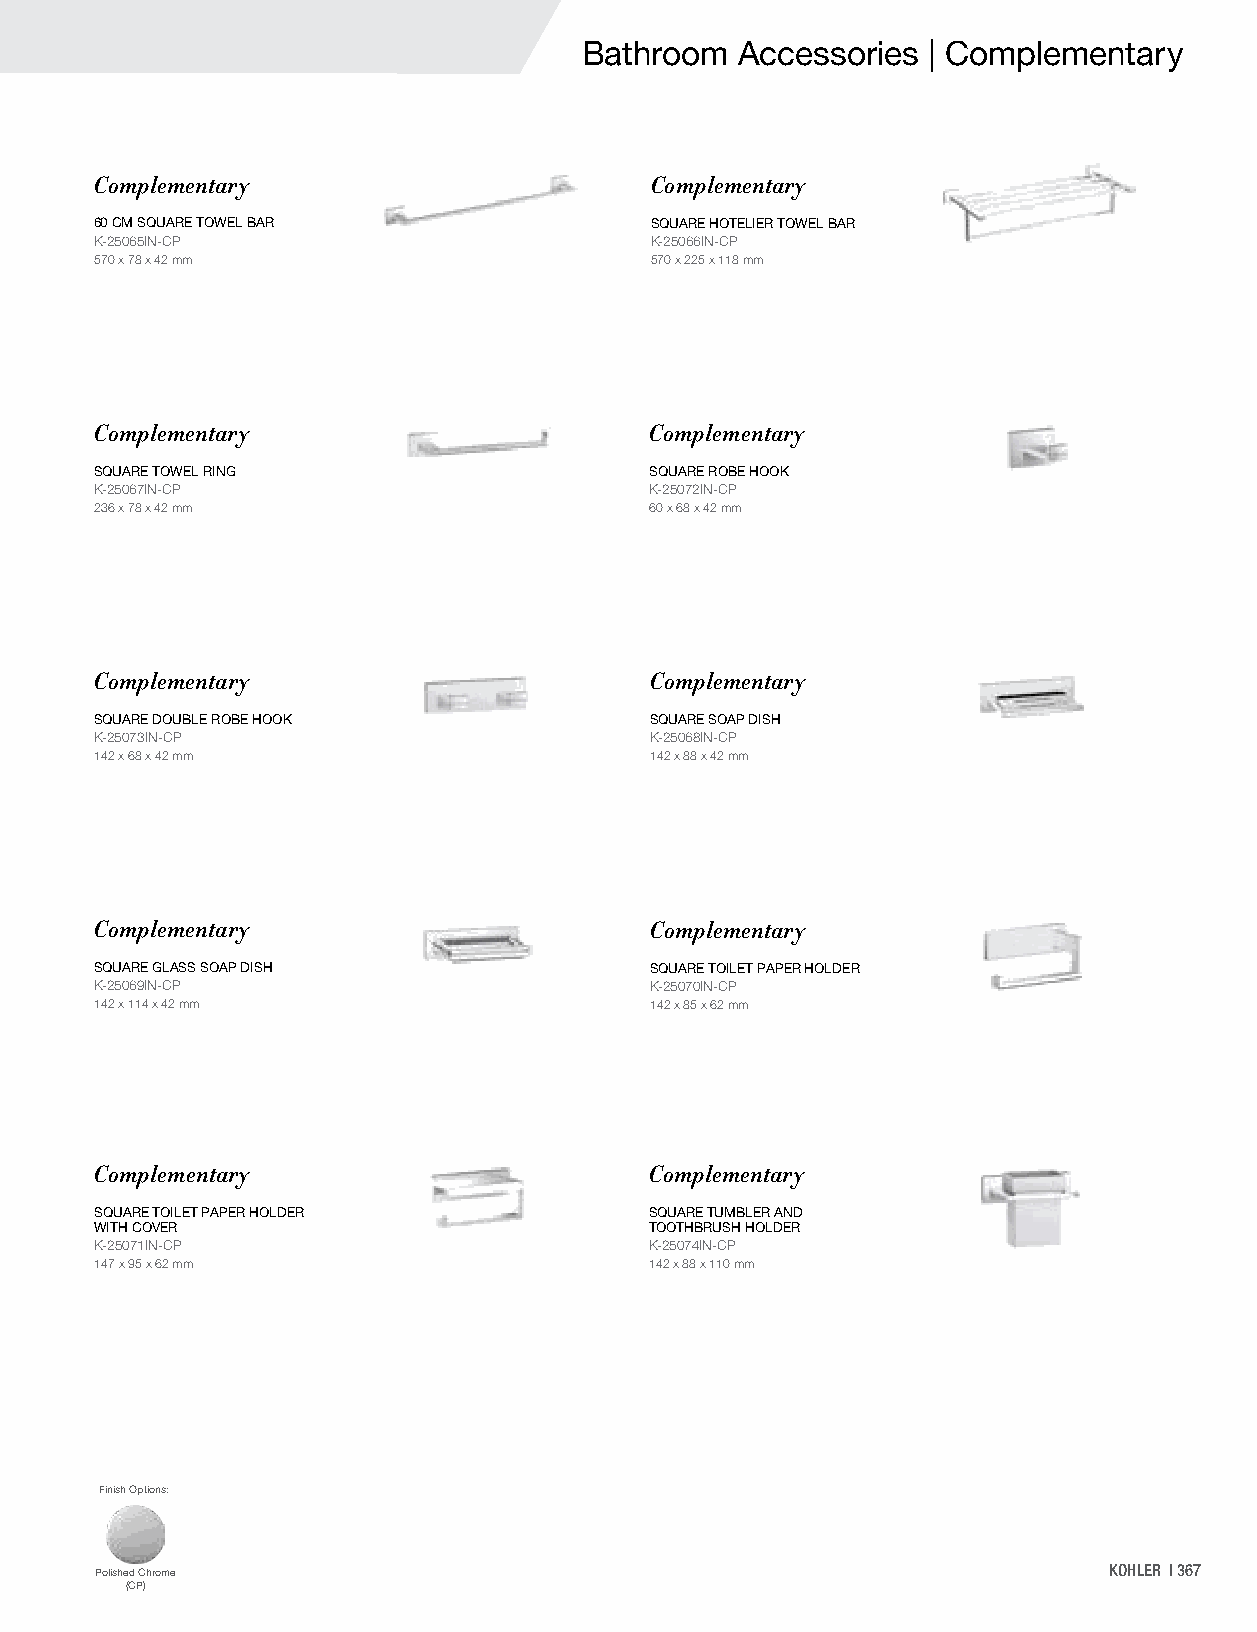
Bathroom  Accessories | Complementary
 Complementary                        Complementary
 60 CM SQUARE TOWEL BAR               SQUARE HOTELIER TOWEL BAR
 K-25065IN-CP                         K-25066IN-CP
 570 x 78 x 42 mm                     570 x 225 x 118 mm
 Complementary                        Complementary
 SQUARE TOWEL RING                    SQUARE ROBE HOOK
 K-25067IN-CP                         K-25072IN-CP
 236 x 78 x 42 mm                     60 x 68 x 42 mm
 Complementary                        Complementary
 SQUARE DOUBLE ROBE HOOK              SQUARE SOAP DISH
 K-25073IN-CP                         K-25068IN-CP
 142 x 68 x 42 mm                     142 x 88 x 42 mm
 Complementary                        Complementary
 SQUARE GLASS SOAP DISH               SQUARE TOILET PAPER HOLDER
 K-25069IN-CP                         K-25070IN-CP
 142 x 114 x 42 mm                    142 x 85 x 62 mm
 Complementary                        Complementary
 SQUARE TOILET PAPER HOLDER           SQUARE TUMBLER AND
 WITH COVER                           TOOTHBRUSH HOLDER
 K-25071IN-CP                         K-25074IN-CP
 147 x 95 x 62 mm                     142 x 88 x 110 mm
 Finish Options:
 Polished Chrome                                                    KOHLER | 367
 (CP)